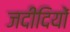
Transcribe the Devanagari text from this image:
जदीदियों